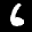
Label: 6